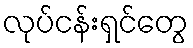
လုပ်ငန်းရှင်တွေ